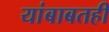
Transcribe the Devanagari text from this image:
यांबाबतही